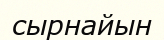
сырнайын